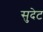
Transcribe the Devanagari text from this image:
सुदेट